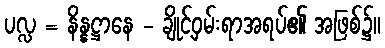
ပလ္လ = နိန္နဋ္ဌာနေ - ချိုင့်ဝှမ်းရာအရပ်၏ အဖြစ်၌။